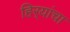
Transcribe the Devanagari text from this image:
हिर्‍यांचा